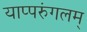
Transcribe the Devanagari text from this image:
याप्परुंगलम्